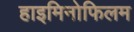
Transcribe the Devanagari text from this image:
हाइमिनोफिलम